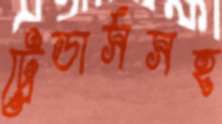
ট্রেডার্সসহ